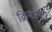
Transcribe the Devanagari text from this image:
क्रियान्वय